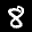
Label: 8